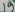
Text: 19